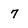
Character: 7